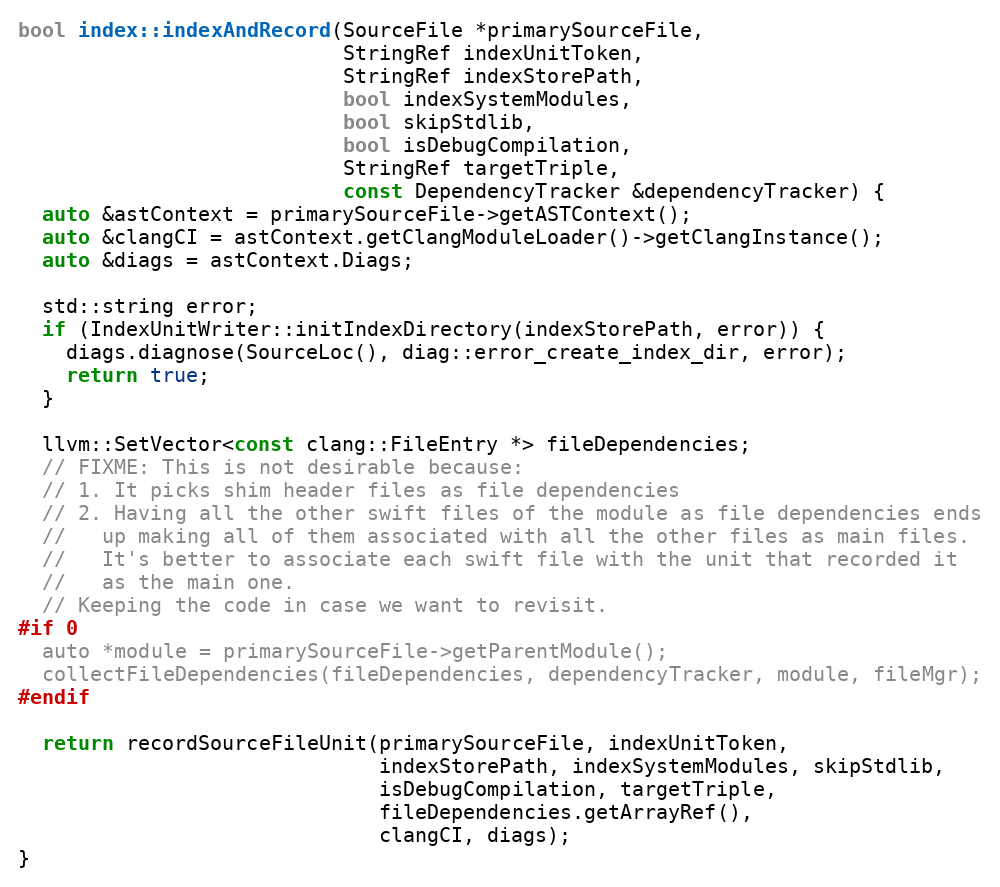
Language: C++
bool index::indexAndRecord(SourceFile *primarySourceFile,
                           StringRef indexUnitToken,
                           StringRef indexStorePath,
                           bool indexSystemModules,
                           bool skipStdlib,
                           bool isDebugCompilation,
                           StringRef targetTriple,
                           const DependencyTracker &dependencyTracker) {
  auto &astContext = primarySourceFile->getASTContext();
  auto &clangCI = astContext.getClangModuleLoader()->getClangInstance();
  auto &diags = astContext.Diags;

  std::string error;
  if (IndexUnitWriter::initIndexDirectory(indexStorePath, error)) {
    diags.diagnose(SourceLoc(), diag::error_create_index_dir, error);
    return true;
  }

  llvm::SetVector<const clang::FileEntry *> fileDependencies;
  // FIXME: This is not desirable because:
  // 1. It picks shim header files as file dependencies
  // 2. Having all the other swift files of the module as file dependencies ends
  //   up making all of them associated with all the other files as main files.
  //   It's better to associate each swift file with the unit that recorded it
  //   as the main one.
  // Keeping the code in case we want to revisit.
#if 0
  auto *module = primarySourceFile->getParentModule();
  collectFileDependencies(fileDependencies, dependencyTracker, module, fileMgr);
#endif

  return recordSourceFileUnit(primarySourceFile, indexUnitToken,
                              indexStorePath, indexSystemModules, skipStdlib,
                              isDebugCompilation, targetTriple,
                              fileDependencies.getArrayRef(),
                              clangCI, diags);
}